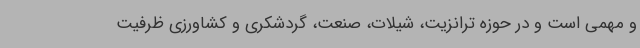
و مهمی است و در حوزه ترانزیت، شیلات، صنعت، گردشکری و کشاورزی ظرفیت